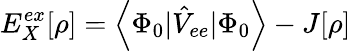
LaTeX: E_{X}^{ex}[\rho]=\left<\Phi_{0}|\hat{V}_{ee}|\Phi_{0}\right>-J[\rho]